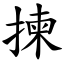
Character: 揀